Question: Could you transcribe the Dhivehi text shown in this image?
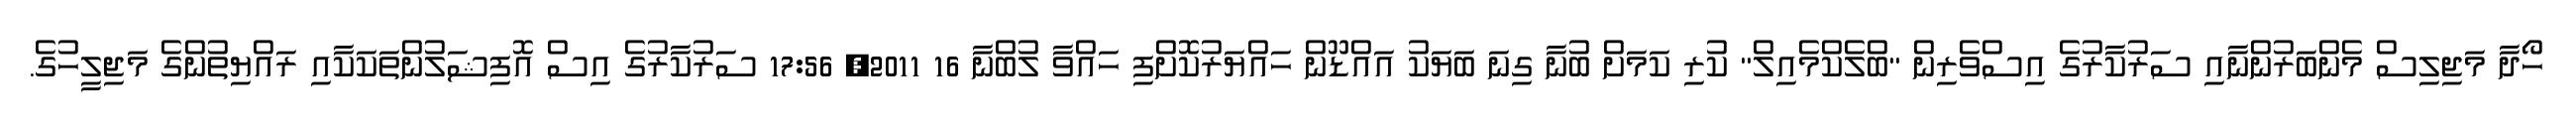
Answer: ހޯދާ މަޖިލިސް މެންބަރުންނާއި ސަރުކާރުގެ އިސްވެރިން "ބްލެކްމެއިލް" ކުރި ކަމަށް ބުނާ ގިނަ ބަޔަކު އައްޑޫން ހައްޔަރުކޮށްފި ހައްވާ ލުބްނާ 16 2011, 17:56 ސަރުކާރުގެ އިސް އޮފިޝަލުންތަކަކާއި ރައްޔިތުންގެ މަޖިލީހުގެ.